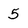
Character: 5